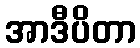
အာဒီပိတာ